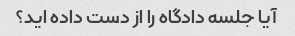
آیا جلسه دادگاه را از دست داده اید؟